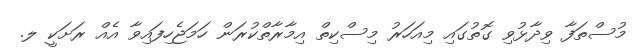
މުސްތަފާ ވިދާޅުވި ގޮތުގައި މިއަހަރު މިސްކިތް އިމާރާތްކުރަން ހަމަޖެހިފައިވާ އެއް ރަށަކީ ލ.